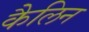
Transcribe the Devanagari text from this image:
कैलिन